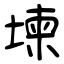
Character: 堜